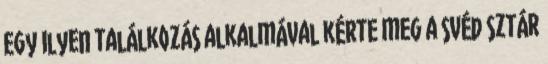
Egy ilyen találkozás alkalmával kérte meg a svéd sztár